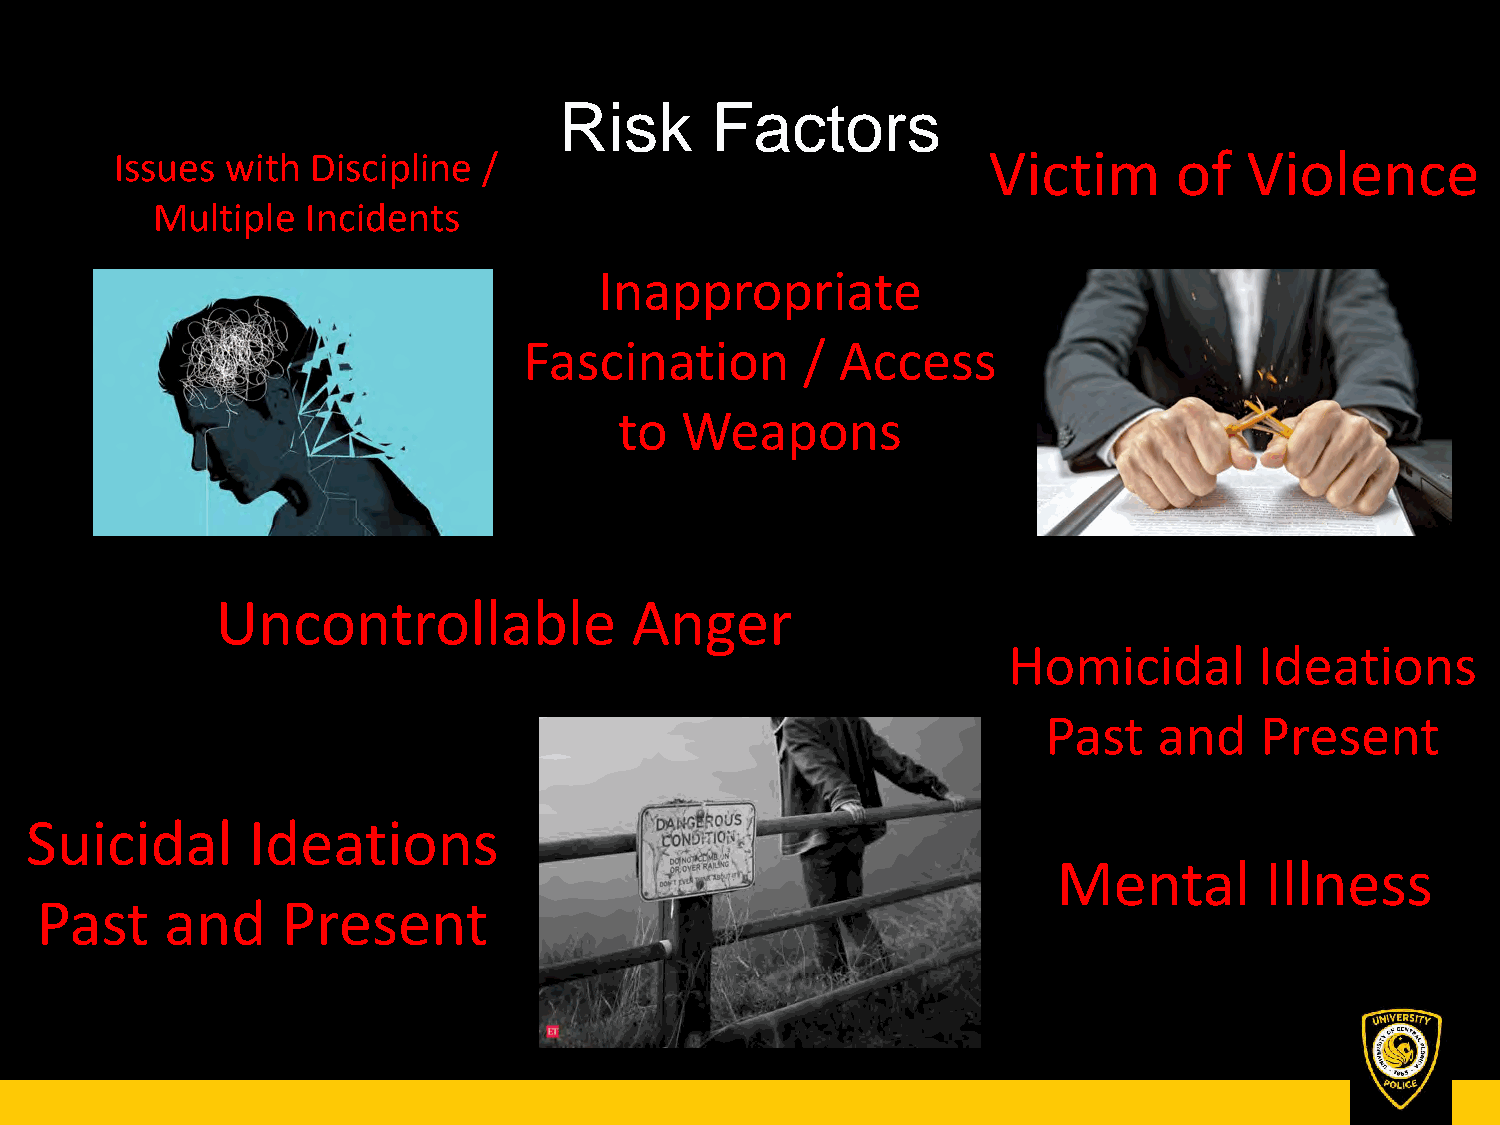
Risk      Factors
 Issues with  Discipline /                                Victim       of   Violence
 Multiple  Incidents
 Inappropriate
 Fascination       /  Access
 to  Weapons
 Uncontrollable              Anger
 Homicidal       Ideations
 Past    and   Present
 Suicidal      Ideations
 Mental        Illness
 Past     and     Present